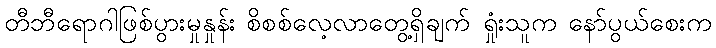
တီဘီရောဂါဖြစ်ပွားမှုနှုန်း စိစစ်လေ့လာတွေ့ရှိချက် ရှုံးသူက နော်ပွယ်စေးက